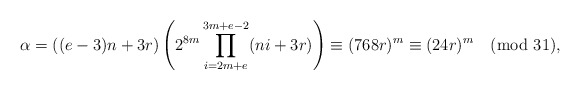
\begin{align*}\alpha = ((e-3)n+3r)\left(2^{8m}\prod_{i=2m+e}^{3m+e-2}(ni+3r) \right)\equiv (768r)^{m} \equiv (24r)^m \pmod{31},\end{align*}